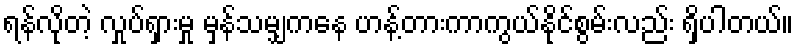
ရန်လိုတဲ့ လှုပ်ရှားမှု မှန်သမျှကနေ ဟန့်တားကာကွယ်နိုင်စွမ်းလည်း ရှိပါတယ်။